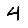
Digit: 4